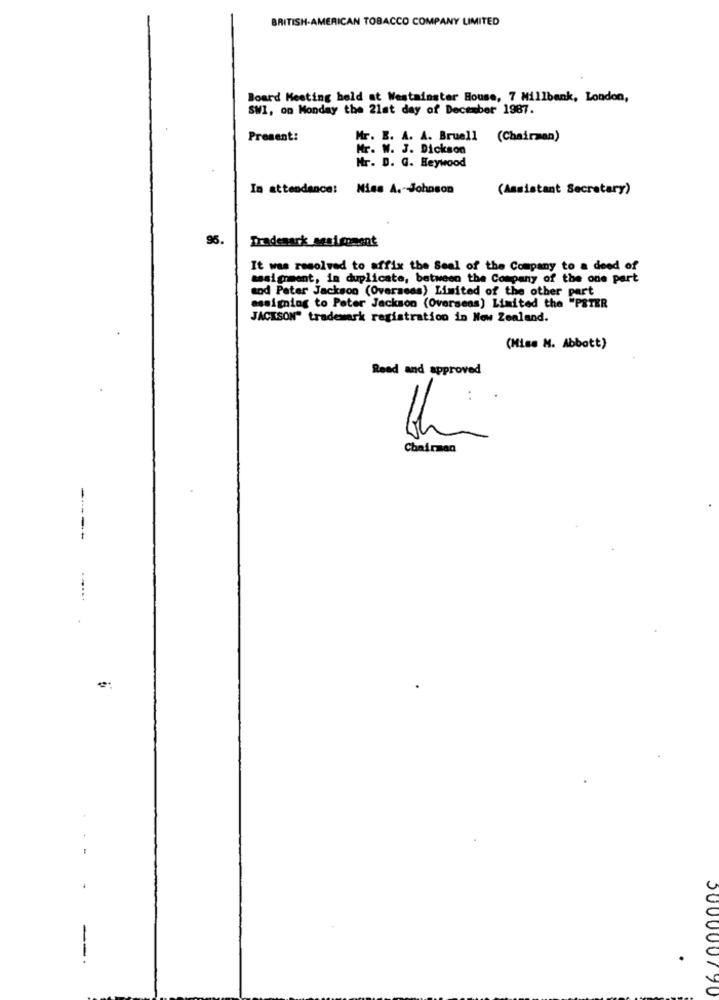
BRITISH-AMERICAN TOBACCO COMPANY LIMITED
Board Meeting held at Westminster House, 7 Millbank, London,
SWI, on Monday the 21st day of December 1987.
Present:
Mr. B. A. A. Bruell (Chairman)
Mr. W. J. Dickson
Mr. D. G. Heywood
In attendance: Miss A. Johnson
(Assistant Secretary)
95.
Trademark_sesi moment
It was resolved to affix the Seal of the Company to a deed of
assignment, in duplicate, between the Company of the one part
and Peter Jackson (Overseas) Limited of the other part
assigning to Peter Jackson (Overseas) Limited the "PETER
JACKSON" trademark registration in New Zealand.
(Miss M. Abbott)
Reed and approved
3
Chairman
------
-
500000790